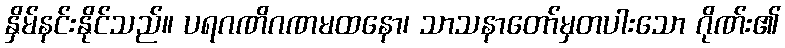
နှိမ်နင်းနိုင်သည်။ ပရဂဏိဂဏမထနော၊ သာသနာတော်မှတပါးသော ဂိုဏ်း၏